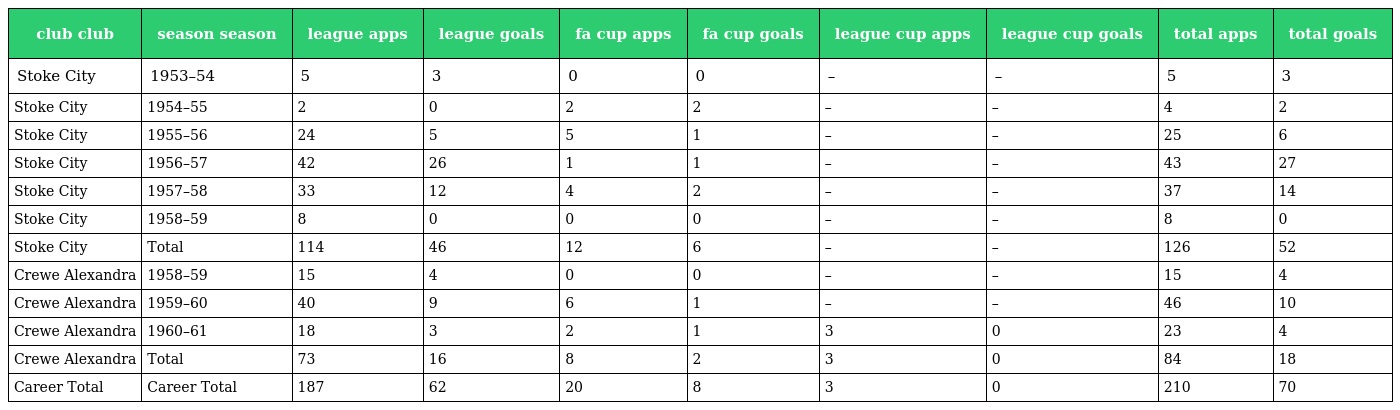
| club club | season season | league apps | league goals | fa cup apps | fa cup goals | league cup apps | league cup goals | total apps | total goals |
 | --- | --- | --- | --- | --- | --- | --- | --- | --- | --- |
 | Stoke City | 1953–54 | 5 | 3 | 0 | 0 | – | – | 5 | 3 |
 | Stoke City | 1954–55 | 2 | 0 | 2 | 2 | – | – | 4 | 2 |
 | Stoke City | 1955–56 | 24 | 5 | 5 | 1 | – | – | 25 | 6 |
 | Stoke City | 1956–57 | 42 | 26 | 1 | 1 | – | – | 43 | 27 |
 | Stoke City | 1957–58 | 33 | 12 | 4 | 2 | – | – | 37 | 14 |
 | Stoke City | 1958–59 | 8 | 0 | 0 | 0 | – | – | 8 | 0 |
 | Stoke City | Total | 114 | 46 | 12 | 6 | – | – | 126 | 52 |
 | Crewe Alexandra | 1958–59 | 15 | 4 | 0 | 0 | – | – | 15 | 4 |
 | Crewe Alexandra | 1959–60 | 40 | 9 | 6 | 1 | – | – | 46 | 10 |
 | Crewe Alexandra | 1960–61 | 18 | 3 | 2 | 1 | 3 | 0 | 23 | 4 |
 | Crewe Alexandra | Total | 73 | 16 | 8 | 2 | 3 | 0 | 84 | 18 |
 | Career Total | Career Total | 187 | 62 | 20 | 8 | 3 | 0 | 210 | 70 |